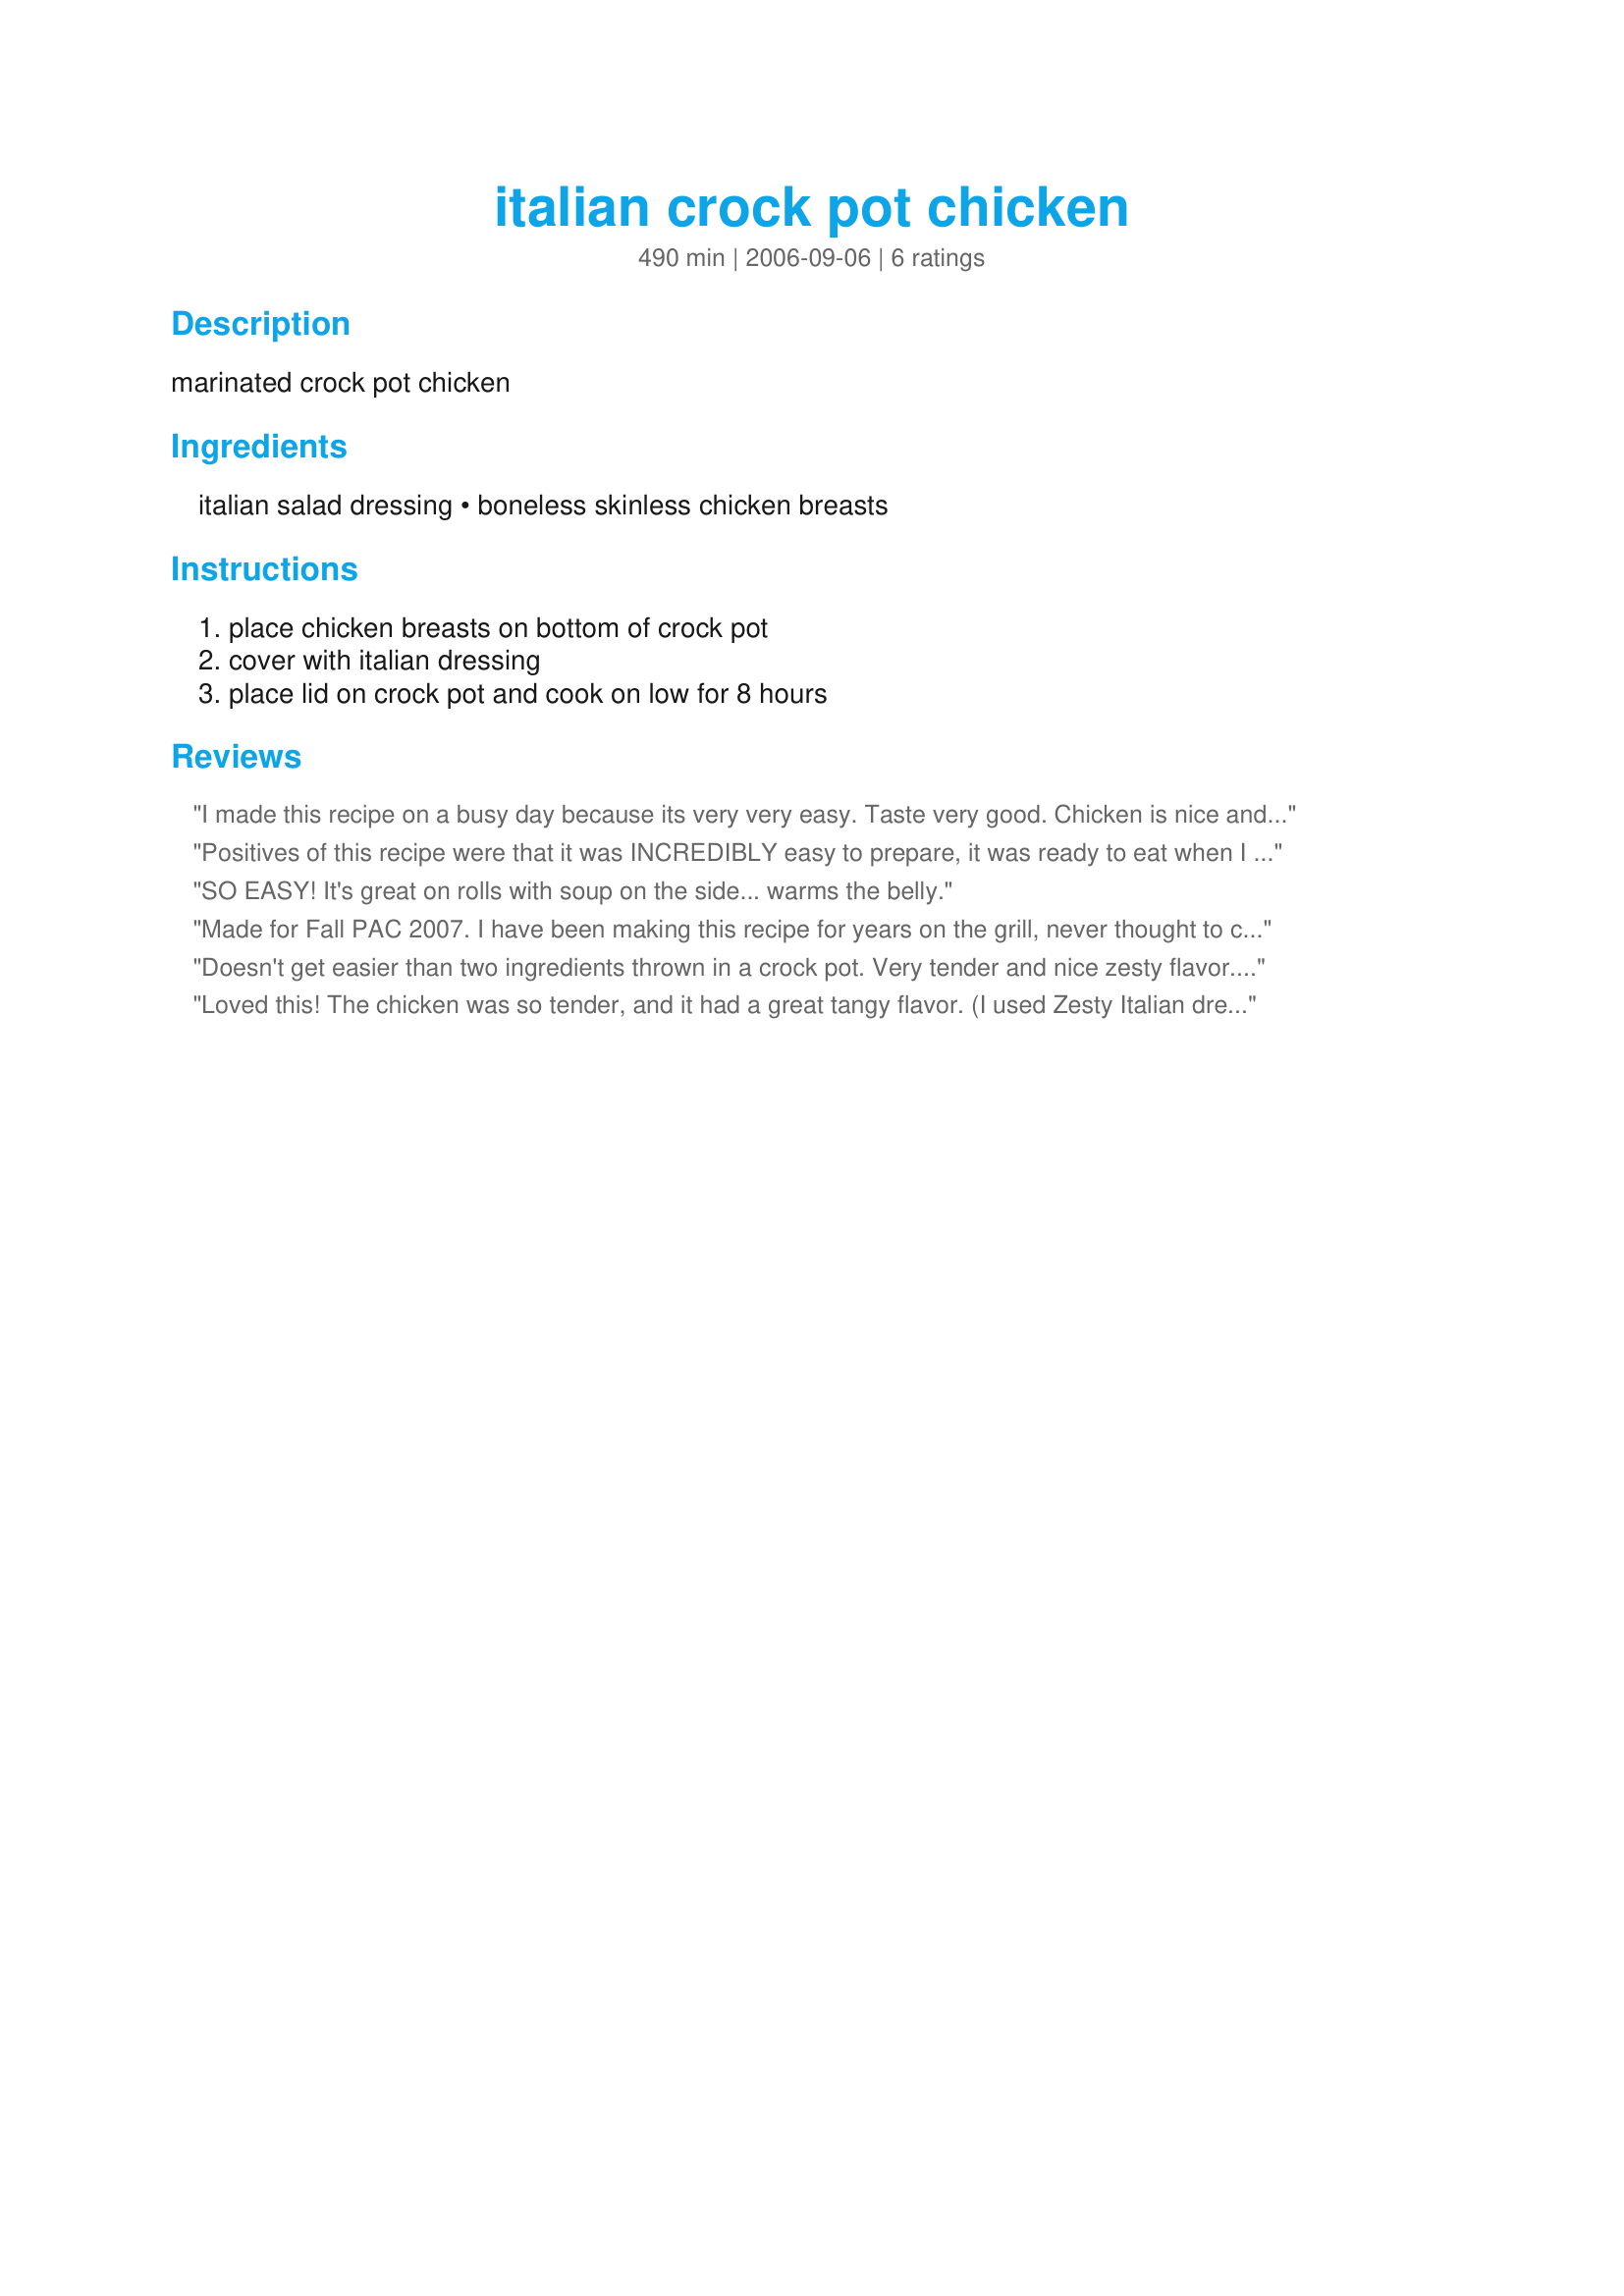
italian crock pot chicken
Preparation time: 490 minutes

marinated crock pot chicken

Ingredients:
italian salad dressing, boneless skinless chicken breasts

Steps:
place chicken breasts on bottom of crock pot, cover with italian dressing, place lid on crock pot and cook on low for 8 hours

Reviews:
I made this recipe on a busy day because its very very easy. Taste very good. Chicken is nice and tender. I cooked it on high for 4 12 hours.
Positives of this recipe were that it was INCREDIBLY easy to prepare, it was ready to eat when I got home from work, and the chicken was so tender after being in the crockpot that long that it absolutely fell apart. The only negative was the extremely powerful Italian dressing flavor. If you like very very strong Italian dressing flavor, this recipe is for you. For us, it was simply too overpowering.
SO EASY! It's great on rolls with soup on the side... warms the belly.
Made for Fall PAC 2007. I have been making this recipe for years on the grill, never thought to cook it in the crockpot. It was good and easy to make. Will make again. I only cooked mine for 6 hours though.
Doesn't get easier than two ingredients thrown in a crock pot. Very tender and nice zesty flavor. Winner.
Loved this! The chicken was so tender, and it had a great tangy flavor. (I used Zesty Italian dressing). I'll be making this again!
